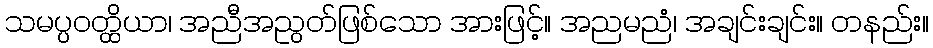
သမပ္ပဝတ္ထိယာ၊ အညီအညွတ်ဖြစ်သော အားဖြင့်။ အညမညံ၊ အချင်းချင်း။ တနည်း။